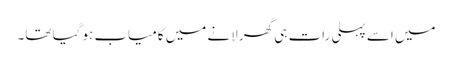
میں اسے پہلی رات ہی گھر لانے میں کامیاب ہو گیا تھا۔